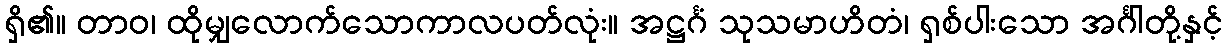
ရှိ၏။ တာဝ၊ ထိုမျှလောက်သောကာလပတ်လုံး။ အဋ္ဌင်္ဂံ သုသမာဟိတံ၊ ရှစ်ပါးသော အင်္ဂါတို့နှင့်